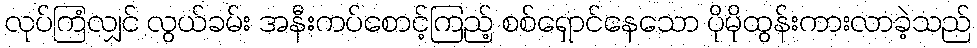
လုပ်ကြံလျှင် လွယ်ခမ်း အနီးကပ်စောင့်ကြည့် စစ်ရှောင်နေသော ပိုမိုထွန်းကားလာခဲ့သည်